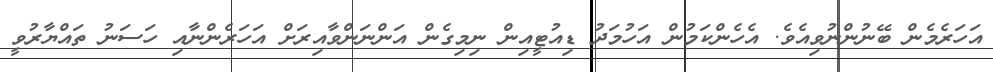
އަހަރެމެން ބޭނުންނުވިއެވެ. އެހެންކަމުން އަހުމަދު ޑިއުޓީއިން ނިމިގެން އަންނަންވާއިރަށް އަހަރެންނާއި ހަސަނު ތައްޔާރުވީ